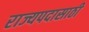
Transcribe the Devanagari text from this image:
राज्यपदासाठी